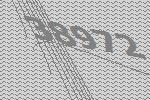
38972